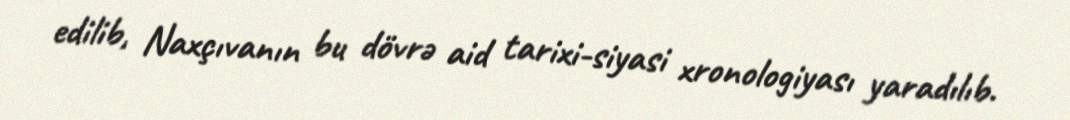
edilib, Naxçıvanın bu dövrə aid tarixi-siyasi xronologiyası yaradılıb.